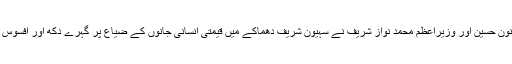
صدر پاکستان ممنون حسین اور وزیراعظم محمد نواز شریف نے سہیون شریف دھماکے میں قیمتی انسانی جانوں کے ضیاع پر گہرے دکھ اور افسوس کا اظہار کیا ہے۔